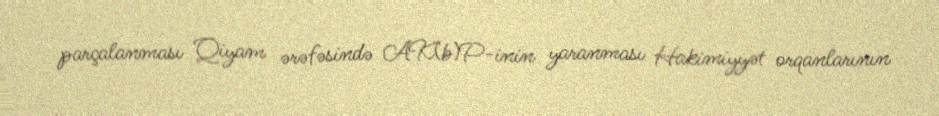
parçalanması Qiyam ərəfəsində AK(b)P-inin yaranması Hakimiyyət orqanlarının